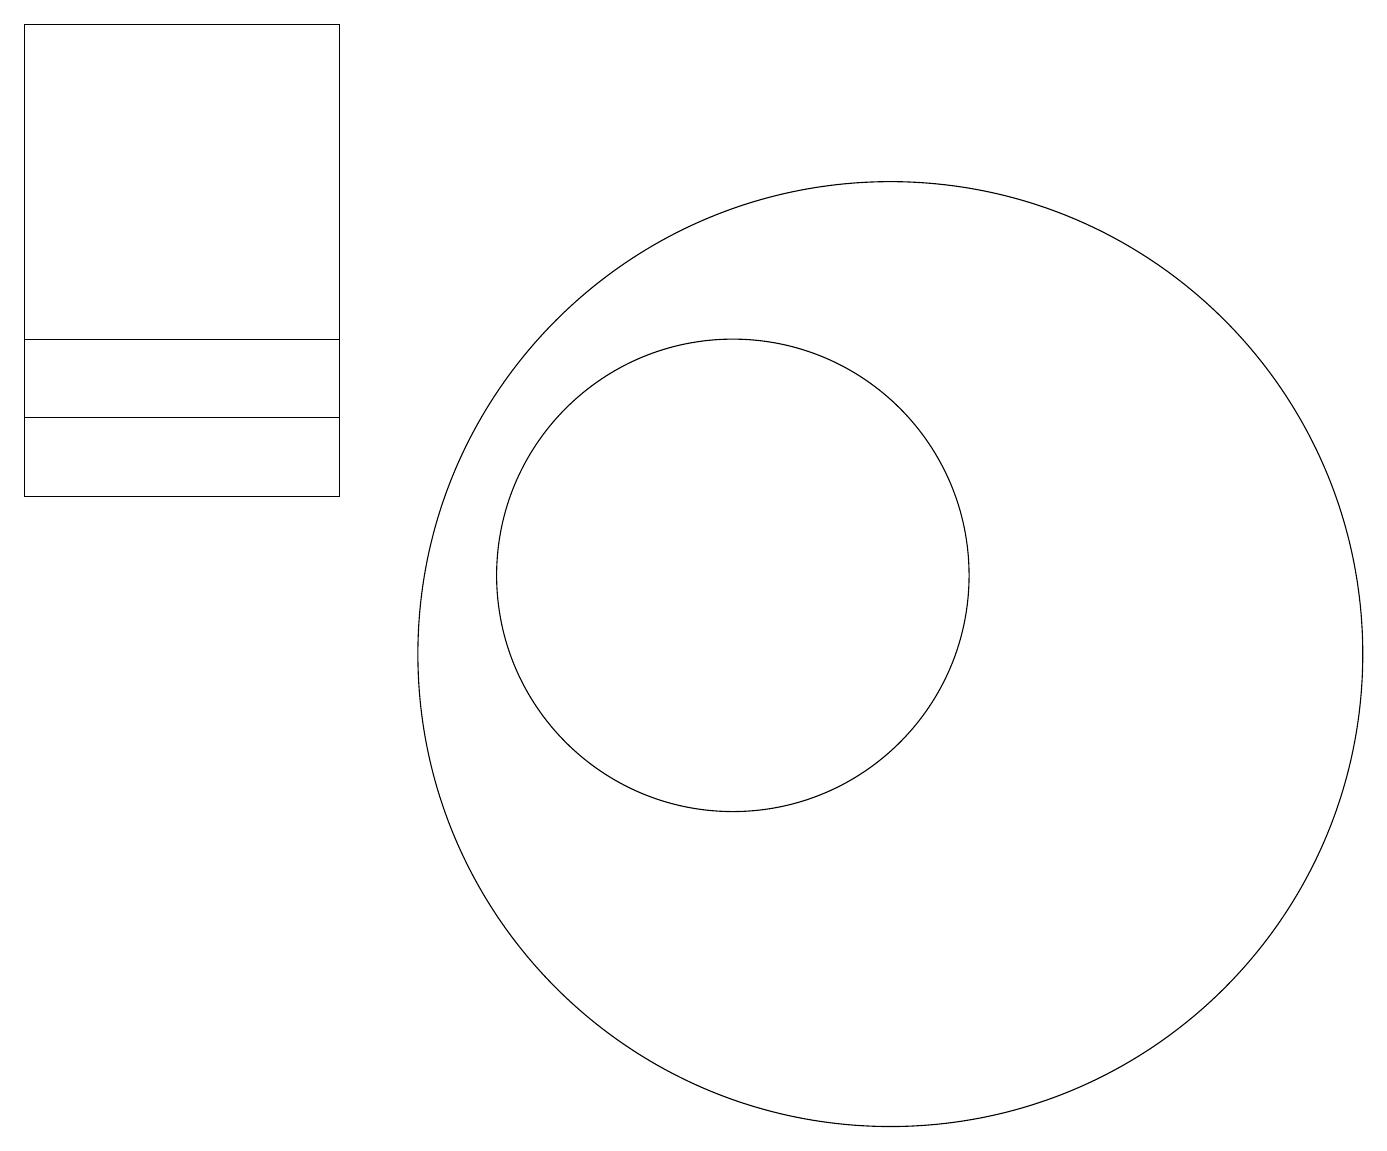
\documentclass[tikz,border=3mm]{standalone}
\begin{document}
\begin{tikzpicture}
\draw (1,18) rectangle (5,12);
\draw (10,11) circle (3);
\draw (12,10) circle (6);
\draw (1,13) rectangle (5,14);
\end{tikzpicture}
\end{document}